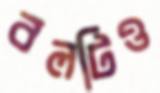
বলটিও